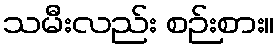
သမီးလည်း စဉ်းစား။